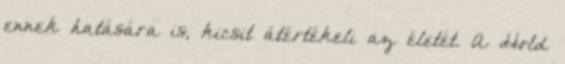
ennek hatására is, kicsit átértékeli az életét. A Hold